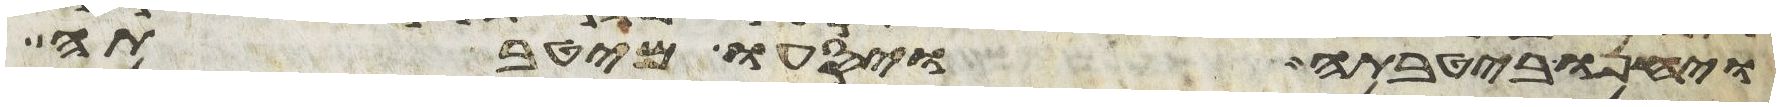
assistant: ויחנו ביטבתה ויסעו מיטבתה